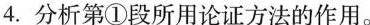
4.分析第①段所用论证方法的作用。